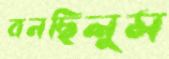
বনছিলুম